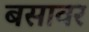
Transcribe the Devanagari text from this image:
बसावर